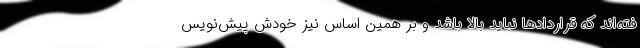
فته‌اند که قراردادها نباید بالا باشد و بر همین اساس نیز خودش پیش‌نویس